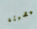
المضيئة